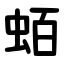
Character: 蛨